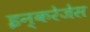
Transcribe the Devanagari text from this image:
इन्करेजेस